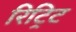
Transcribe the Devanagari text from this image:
रिट्रिट